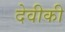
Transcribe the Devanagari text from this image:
देवीकी